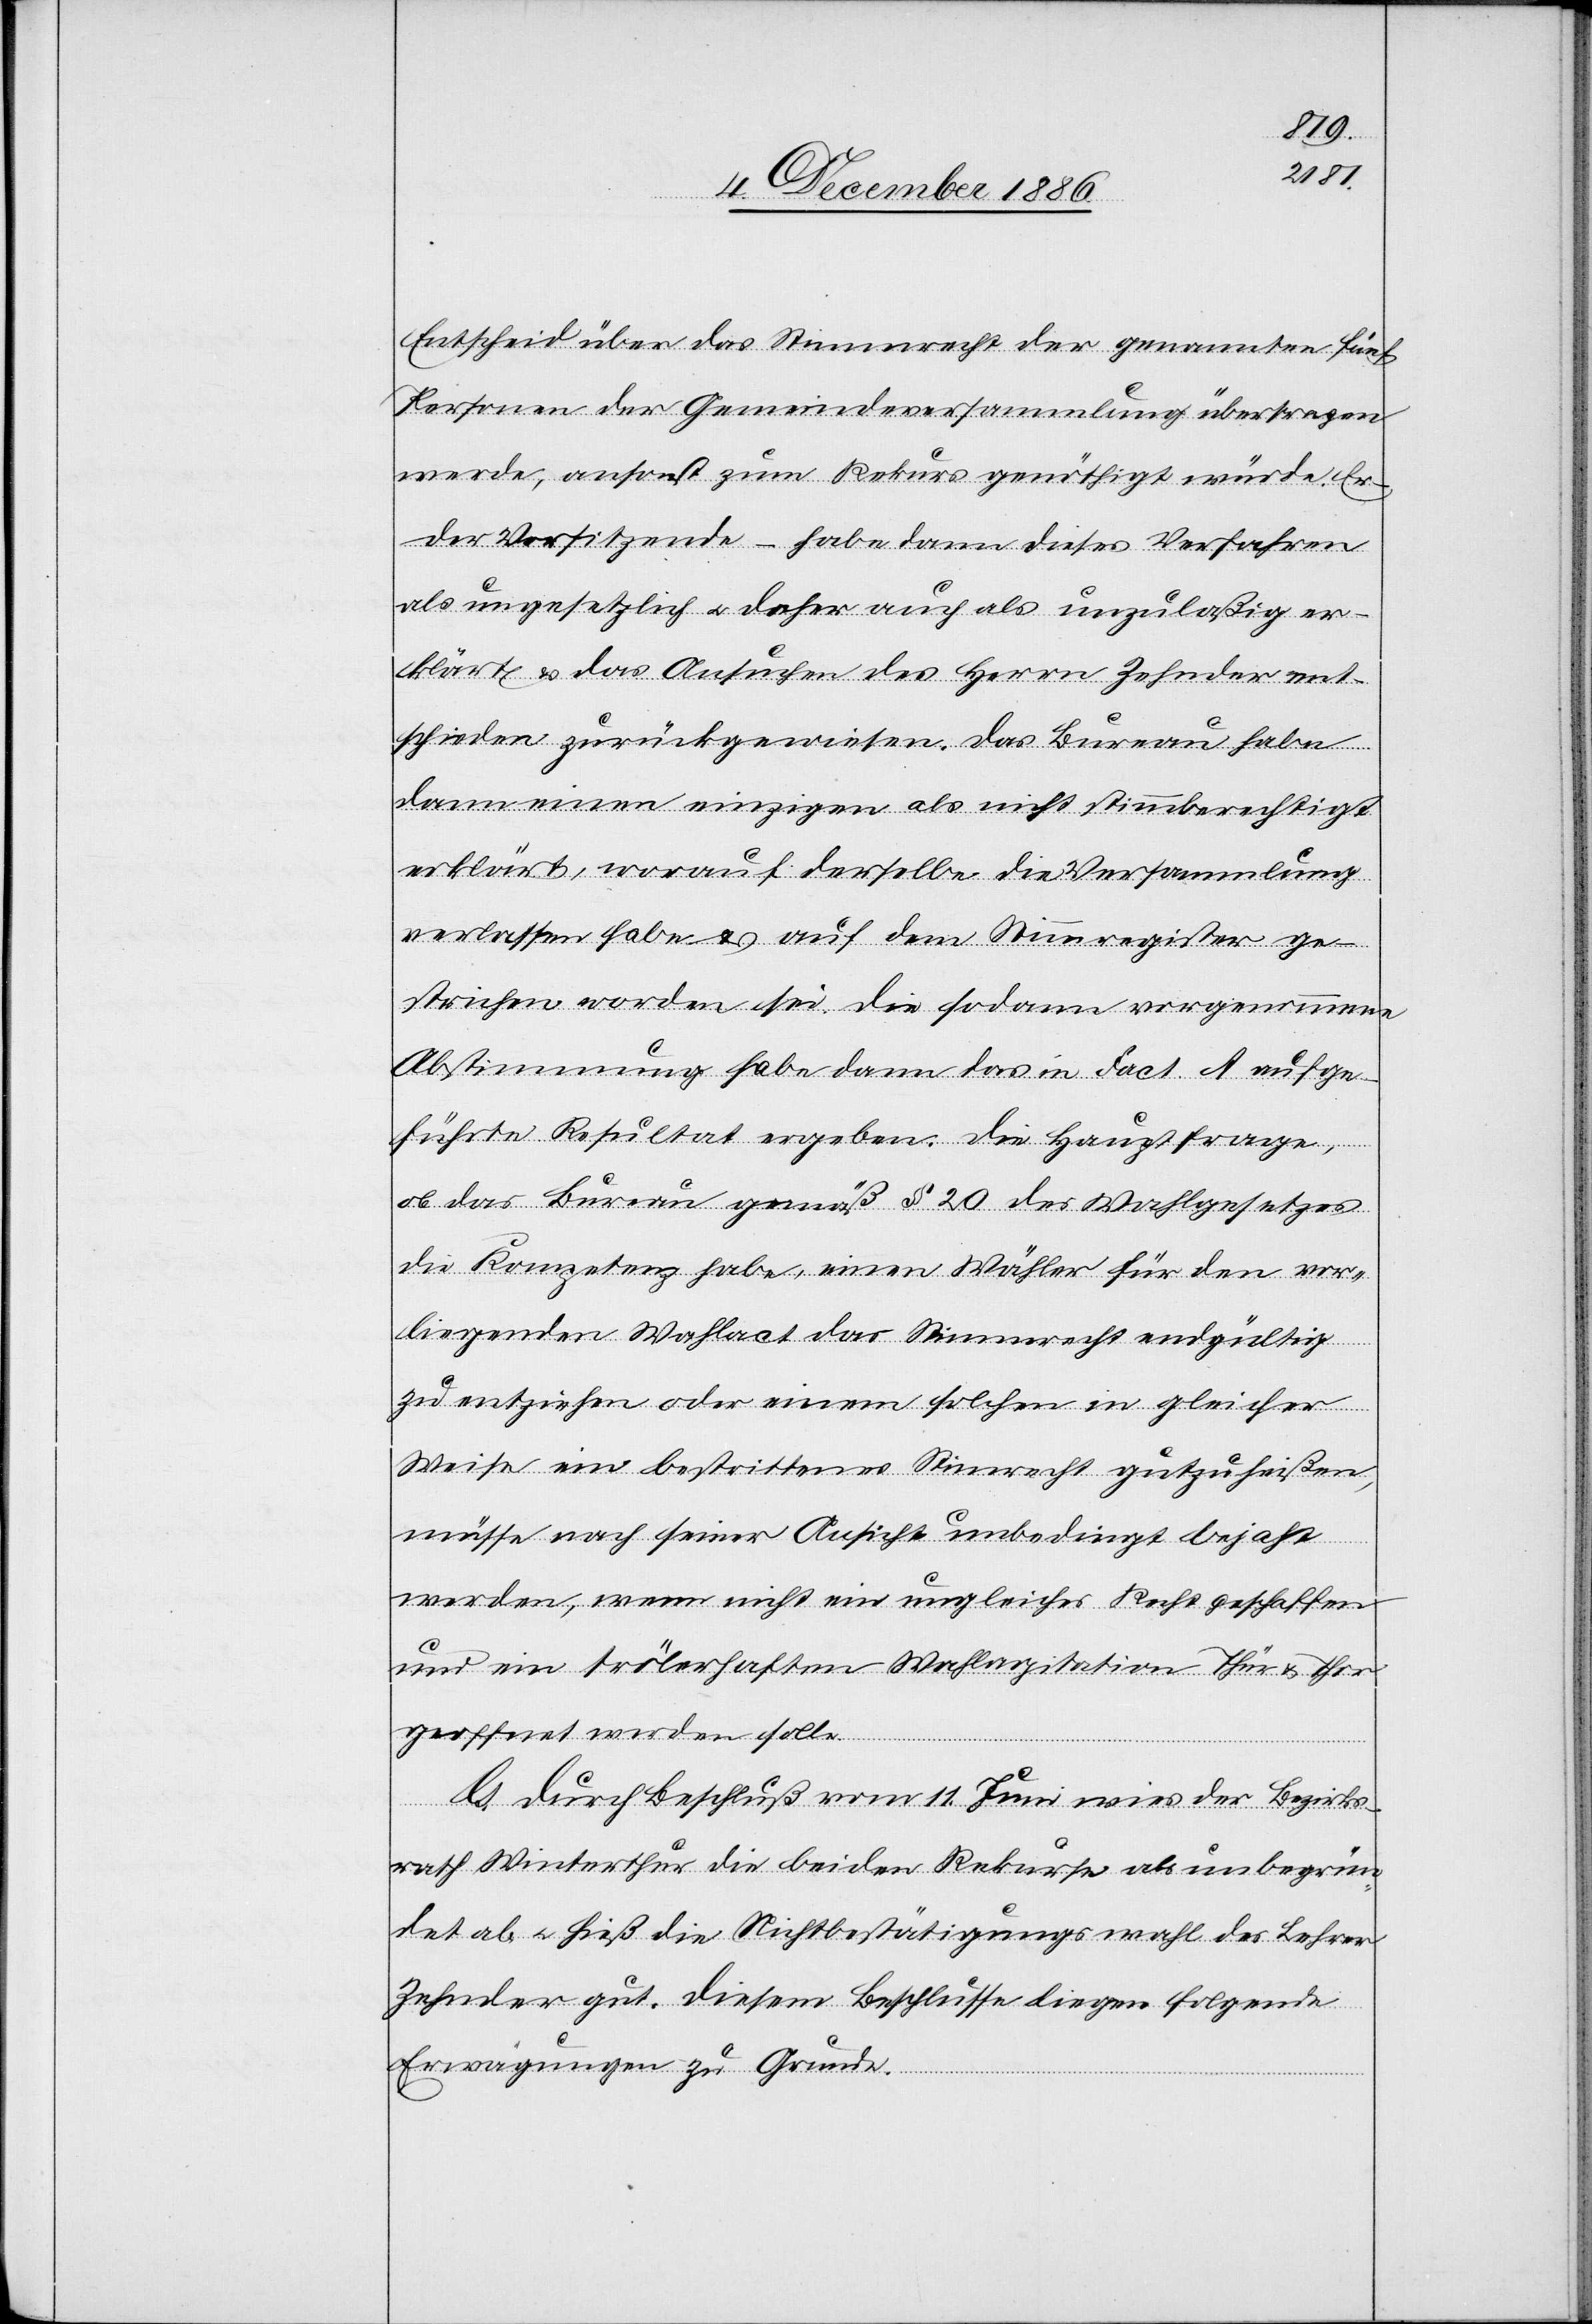
Entscheid über das Stimmrecht der genannten fünf
Personen der Gemeindeversammlung übertragen
werde, ansonst zum Rekurs genöthigt würde. Er
der Vorsitzende – habe dann dieses Verfahren
als ungesetzlich & daher auch als unzulaßig
klärt & das Ansuchen des Herrn Zehnder ent¬
schieden zurückgewiesen. Das Bureau habe
dann einen einzigen als nicht stimmberechtigt
erklärt, worauf derselbe die Versammlung
strichen worden sei. Die sodann vorgenommene
Abstimmung habe dann das in Fact. A aufge¬
führte Resultat ergeben. Die Hauptfrage,
ob das Bureau gemäß § 20 des Wahlgesetzes
liegenden Wahlact das Stimmrecht endgültig
zu entziehen oder einem solchen in gleicher
Weise ein bestrittenes Stim[m]recht gutzuheißen,
müsse nach seiner Ansicht unbedingt bejaht
werden, wenn nicht ein ungleiches Recht geschaffen
und ein trölerhaften Wahlagitation [sic!] Thür
solle.
G. Durch Beschluß vom 11. Juni wies der Bezirks¬
rath Winterthur die beiden Rekurse als unbegrün¬
det ab & hieß die Nichtbestätigungswahl des Lehrer
Zehnder gut. Diesem Beschlusse liegen folgende
Erwägungen zu Grunde.